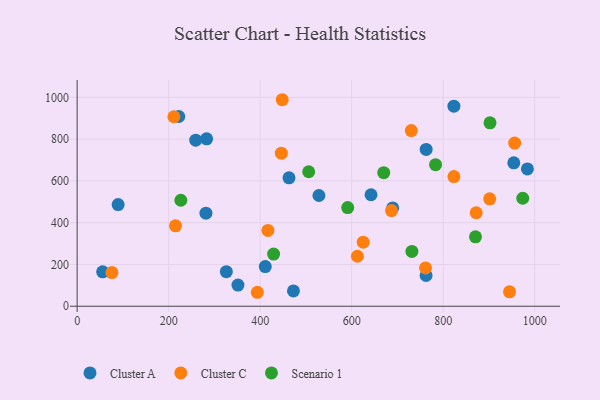
{"axis": {"x": "Experience", "y": "Sales"}, "legend": ["Cluster A", "Cluster C", "Scenario 1"], "data": [{"x": "954.4", "y": 686.8, "type": "Cluster A"}, {"x": "281.5", "y": 445.5, "type": "Cluster A"}, {"x": "89.6", "y": 486.7, "type": "Cluster A"}, {"x": "642.4", "y": 533.8, "type": "Cluster A"}, {"x": "984.1", "y": 657.4, "type": "Cluster A"}, {"x": "823.5", "y": 957.8, "type": "Cluster A"}, {"x": "222.2", "y": 908.3, "type": "Cluster A"}, {"x": "283.0", "y": 801.6, "type": "Cluster A"}, {"x": "762.9", "y": 750.9, "type": "Cluster A"}, {"x": "472.8", "y": 73.3, "type": "Cluster A"}, {"x": "326.1", "y": 165.2, "type": "Cluster A"}, {"x": "351.5", "y": 101.1, "type": "Cluster A"}, {"x": "411.2", "y": 189.7, "type": "Cluster A"}, {"x": "689.7", "y": 470.7, "type": "Cluster A"}, {"x": "762.7", "y": 147.0, "type": "Cluster A"}, {"x": "463.1", "y": 614.7, "type": "Cluster A"}, {"x": "55.7", "y": 164.9, "type": "Cluster A"}, {"x": "528.5", "y": 530.1, "type": "Cluster A"}, {"x": "259.2", "y": 795.2, "type": "Cluster A"}, {"x": "823.5", "y": 620.9, "type": "Cluster C"}, {"x": "901.7", "y": 514.2, "type": "Cluster C"}, {"x": "416.9", "y": 362.7, "type": "Cluster C"}, {"x": "76.0", "y": 160.9, "type": "Cluster C"}, {"x": "215.0", "y": 384.8, "type": "Cluster C"}, {"x": "945.0", "y": 69.1, "type": "Cluster C"}, {"x": "393.9", "y": 66.8, "type": "Cluster C"}, {"x": "872.2", "y": 447.5, "type": "Cluster C"}, {"x": "612.6", "y": 239.3, "type": "Cluster C"}, {"x": "446.3", "y": 733.0, "type": "Cluster C"}, {"x": "625.3", "y": 306.5, "type": "Cluster C"}, {"x": "761.5", "y": 183.4, "type": "Cluster C"}, {"x": "211.4", "y": 907.3, "type": "Cluster C"}, {"x": "956.3", "y": 781.1, "type": "Cluster C"}, {"x": "687.1", "y": 457.9, "type": "Cluster C"}, {"x": "730.4", "y": 841.2, "type": "Cluster C"}, {"x": "448.3", "y": 988.7, "type": "Cluster C"}, {"x": "974.0", "y": 516.9, "type": "Scenario 1"}, {"x": "731.7", "y": 262.4, "type": "Scenario 1"}, {"x": "506.1", "y": 643.9, "type": "Scenario 1"}, {"x": "902.4", "y": 878.1, "type": "Scenario 1"}, {"x": "870.7", "y": 332.2, "type": "Scenario 1"}, {"x": "670.1", "y": 639.5, "type": "Scenario 1"}, {"x": "783.4", "y": 677.7, "type": "Scenario 1"}, {"x": "429.4", "y": 249.8, "type": "Scenario 1"}, {"x": "226.7", "y": 507.5, "type": "Scenario 1"}, {"x": "591.4", "y": 472.3, "type": "Scenario 1"}]}